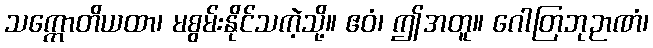
သက္ကောတိယထာ၊ မစွမ်းနိုင်သကဲ့သို့။ ဧဝံ၊ ဤအတူ။ ဂေါတြဘုဉာဏံ၊